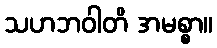
သဟဘဝါတိ အမစ္စာ။